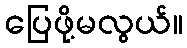
ပြေဖို့မလွယ်။